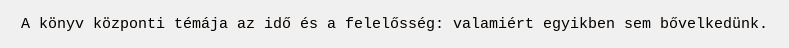
A könyv központi témája az idő és a felelősség: valamiért egyikben sem bővelkedünk.